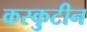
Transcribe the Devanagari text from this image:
कस्कुटीन